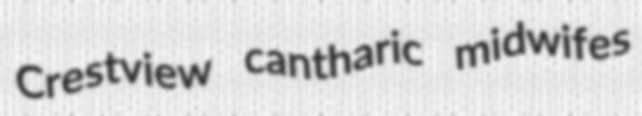
Crestview cantharic midwifes